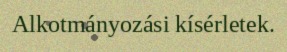
Alkotmányozási kísérletek.